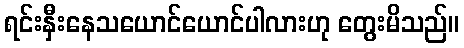
ရင်းနှီးနေသယောင်ယောင်ပါလားဟု တွေးမိသည်။